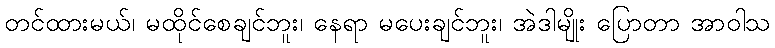
တင်ထားမယ်၊ မထိုင်စေချင်ဘူး၊ နေရာ မပေးချင်ဘူး၊ အဲဒါမျိုး ပြောတာ အာဝါသ